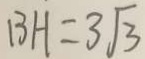
B H = 3 \sqrt { 3 }